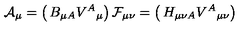
{ \cal A } _ { \mu } = \left( \begin{matrix} { B _ { \mu A } } \\ { V ^ { A } { } _ { \mu } } \\ \end{matrix} \right) { } { \cal F } _ { \mu \nu } = \left( \begin{matrix} { H _ { \mu \nu A } } \\ { V ^ { A } { } _ { \mu \nu } } \\ \end{matrix} \right)